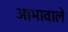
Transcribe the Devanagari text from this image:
आभावाले